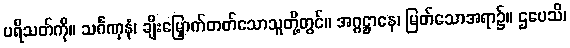
ပရိသတ်ကို။ သင်္ဂဏှနံ၊ ချီးမြှောက်တတ်သောသူတို့တွင်။ အဂ္ဂဋ္ဌာနေ၊ မြတ်သောအရာ၌။ ဌပေသိ၊